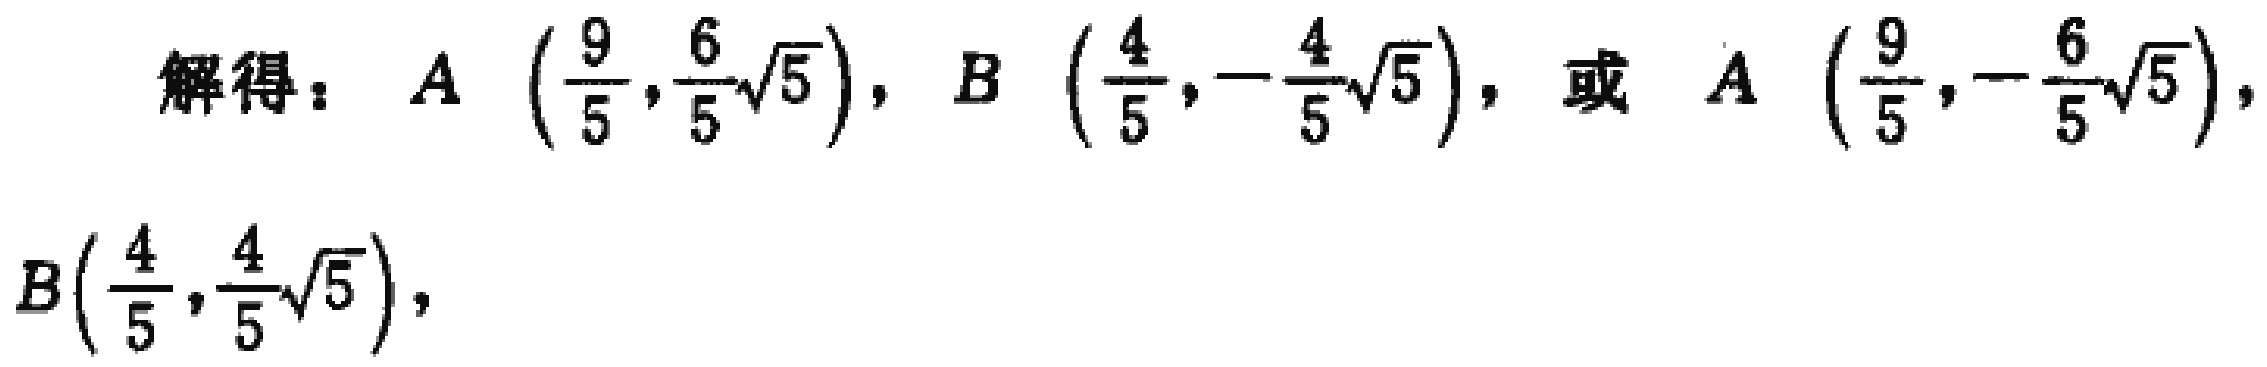
解得：$A\left(\frac{9}{5},\frac{6}{5}\sqrt{5}\right),B\left(\frac{4}{5},-\frac{4}{5}\sqrt{5}\right),\text{或 }A\left(\frac{9}{5},-\frac{6}{5}\sqrt{5}\right),B\left(\frac{4}{5},\frac{4}{5}\sqrt{5}\right),$